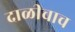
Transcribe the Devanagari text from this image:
दाळीचाच